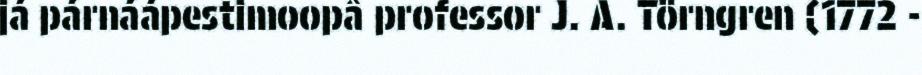
já párnáápestimoopâ professor J. A. Törngren (1772 -